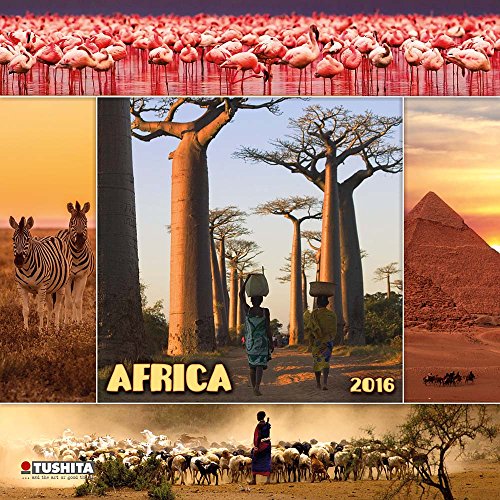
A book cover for Africa (160137) (English, Spanish, French, Italian and German Edition); Tushita; Calendars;